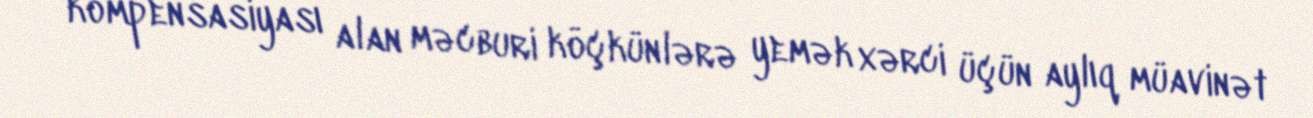
kompensasiyası alan məcburi köçkünlərə yemək xərci üçün aylıq müavinət